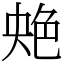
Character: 䒋